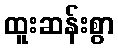
ထူးဆန်းစွာ